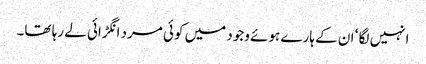
انہیں لگا ‘ ان کے ہارے ہوئے وجود میں کوئی مرد انگڑائی لے رہا تھا۔